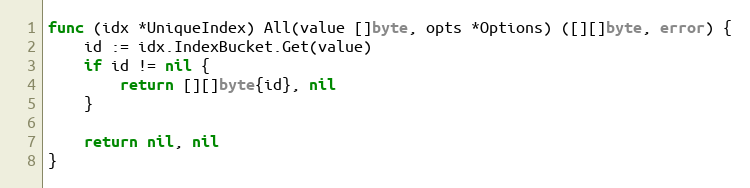
Language: Go
func (idx *UniqueIndex) All(value []byte, opts *Options) ([][]byte, error) {
	id := idx.IndexBucket.Get(value)
	if id != nil {
		return [][]byte{id}, nil
	}

	return nil, nil
}